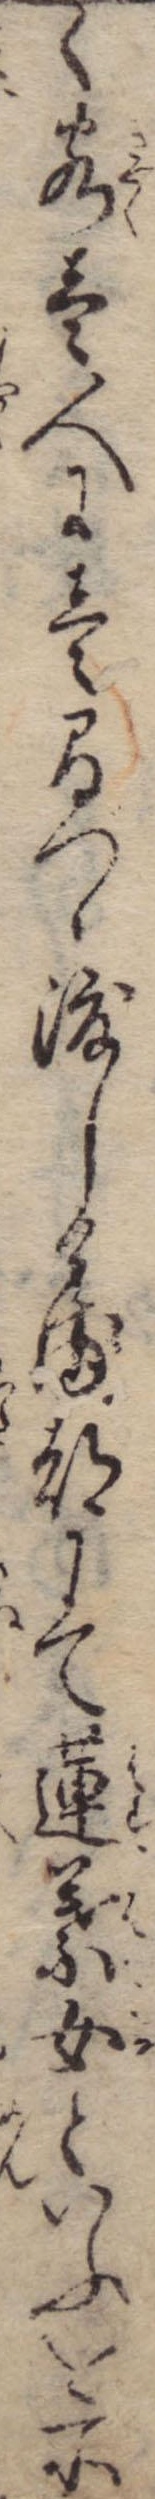
く客壱人に壱間づゝ渡しける都にて蓮葉女といふを所